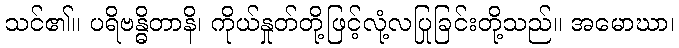
သင်၏။ ပရိဗန္ဓိတာနိ၊ ကိုယ်နှုတ်တို့ဖြင့်လုံ့လပြုခြင်းတို့သည်။ အမောဃာ၊